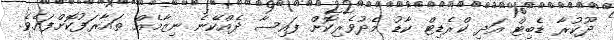
ދޫކުރާ ޑެބިޓް އަދި ކްރެޑިޓް ކާޑު މެދުވެރިކޮށް ފައިސާ ދެއްކޭނެ ނިޒާމެއް ތައާރަފުކޮށްފައެވެ.